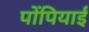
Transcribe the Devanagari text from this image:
पोंपियाईं